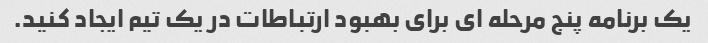
یک برنامه پنج مرحله ای برای بهبود ارتباطات در یک تیم ایجاد کنید.